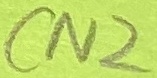
Text: CN2